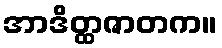
အာဒိတ္ထဇာတက။